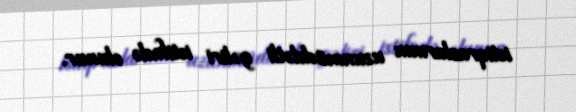
istiqrazlarının uzunmüddətli gəliri istifadə olunur.